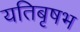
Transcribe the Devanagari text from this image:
यतिबृषभ